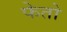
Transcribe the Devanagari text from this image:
फेतो